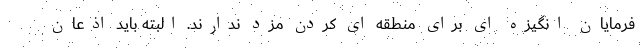
فرمایان انگیزه ای برای منطقه ای کردن مزد ندارند. البته باید اذعان